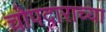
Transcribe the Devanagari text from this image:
चोपदाराच्या